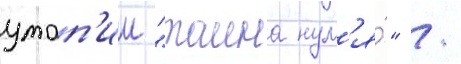
утоп'ии "таина нул'я́" /